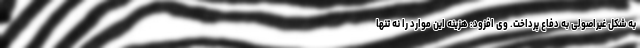
به شکل غیراصولی به دفاع پرداخت. وی افزود: هزینه این موارد را نه تنها